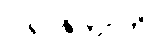
ပါရာဇိကာတိ